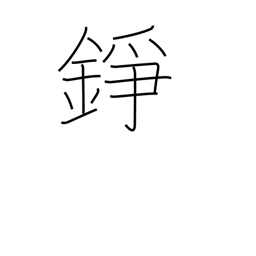
Meaning: gong